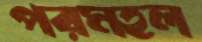
পরমহল